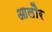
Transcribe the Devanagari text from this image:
आलौर